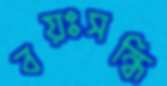
বয়ঃসন্ধি